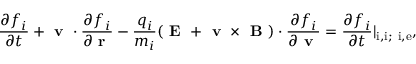
\frac { \partial f _ { i } } { \partial t } + \textbf { v } \cdot \frac { \partial f _ { i } } { \partial \textbf { r } } - \frac { q _ { i } } { m _ { i } } ( \textbf { E } + { \textbf { v } \times \textbf { B } } ) \cdot \frac { \partial f _ { i } } { \partial \textbf { v } } = \frac { \partial f _ { i } } { \partial t } | _ { \mathrm { i , i ; ~ i , e } } ,